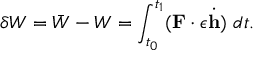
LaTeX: \delta W = { \bar { W } } - W = \int _ { t _ { 0 } } ^ { t _ { 1 } } ( \mathbf { F } \cdot \epsilon { \dot { \mathbf { h } } } ) ~ d t .